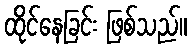
ထိုင်နေခြင်း ဖြစ်သည်။